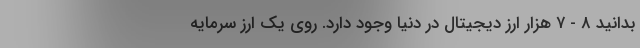
بدانید ۸ - ۷ هزار ارز دیجیتال در دنیا وجود دارد. روی یک ارز سرمایه